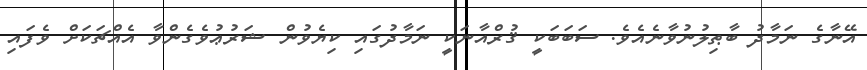
އޭނާގެ ނަމާދު ބާޠިލުނުވާނެއެވެ. ސަބަބަކީ ޤުރްއާނަކީ ނަމާދުގައި ކިޔެވުން ޝަރުޢުވެގެންވާ އެއްޗަކަށް ވެފައި